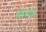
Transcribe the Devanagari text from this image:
फिंचकडे